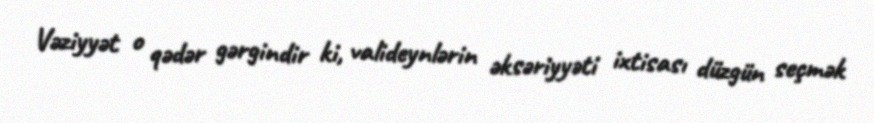
Vəziyyət o qədər gərgindir ki, valideynlərin əksəriyyəti ixtisası düzgün seçmək